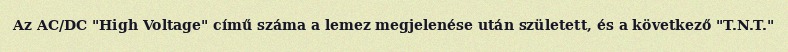
Az AC/DC "High Voltage" című száma a lemez megjelenése után született, és a következő "T.N.T."